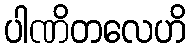
ပါဏိတလေဟိ